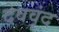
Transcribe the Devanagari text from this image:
देववृंद